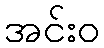
အင်းဝ